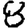
Digit: 8